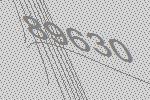
89630